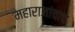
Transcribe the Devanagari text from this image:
महाराजांचाच